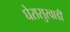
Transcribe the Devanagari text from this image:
घेरासुरवाडी